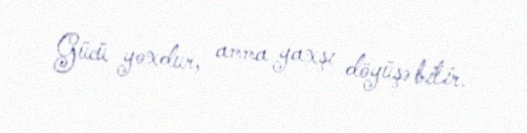
Gücü yoxdur, amma yaxşı döyüşə bilir.